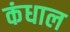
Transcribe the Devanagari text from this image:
कंधाल